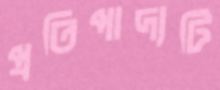
প্রতিপাদ্যটি